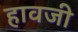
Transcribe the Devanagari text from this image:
हावजी